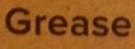
Grease